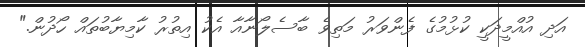
އަދި އުއްމީދަކީ ކުޅުމުގެ ފެންވަރު މަތިވެ ބާސެލޯނާއާ އެކު އިތުރު ކާމިޔާބުތައް ހޯދުން."